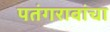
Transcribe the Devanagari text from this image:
पतंगरावांचा